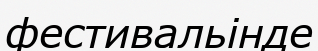
фестивальінде